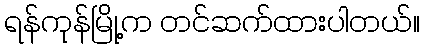
ရန်ကုန်မြို့က တင်ဆက်ထားပါတယ်။